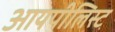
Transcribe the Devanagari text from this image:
आयपीलिस्ट